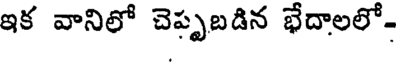
ఇక వానిలో చెప్పబడిన భేదాలలో-